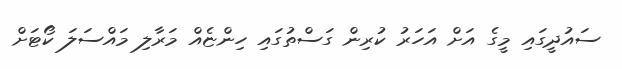
ސައުދީގައި މީގެ އަށް އަހަރު ކުރިން ގަސްތުގައި ހިންޏެއް މަރާލި މައްސަލަ ކޯޓަށް